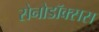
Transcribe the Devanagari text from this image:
सेनोडॉक्सस